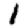
Digit: 1